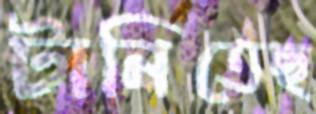
টানিতেছ